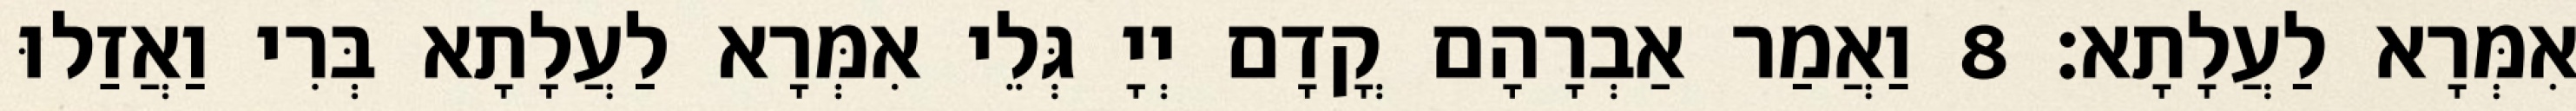
אִמְּרָא לַעֲלָתָא׃ 8 וַאֲמַר אַבְרָהָם קֳדָם יְיָ גְּלֵי אִמְּרָא לַעֲלָתָא בְּרִי וַאֲזַלוּ